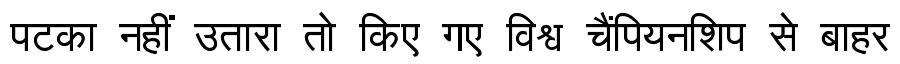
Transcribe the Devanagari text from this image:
पटका नहीं उतारा तो किए गए विश्व चैंपियनशिप से बाहर